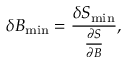
\delta B _ { \mathrm { m i n } } = \frac { \delta S _ { \mathrm { m i n } } } { \frac { \partial S } { \partial B } } ,